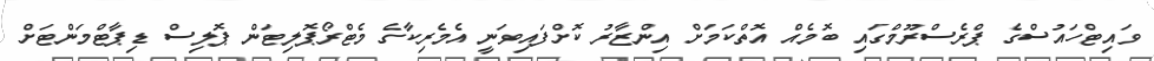
ވައިޓްހައުސްގެ ޕްރެސްރޫމްގައި ބޮމެއް އޮތްކަމަށް އިންޒާރު ކޮށްފައިވަނީ އެމެރިކާގެ މެޓްރޯޕޮލިޓަން ޕޮލިސް ޑިޕާޓްމަންޓަށް